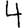
Digit: 4